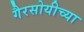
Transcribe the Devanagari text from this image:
गैरसोयीच्या